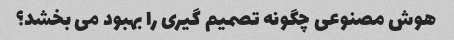
هوش مصنوعی چگونه تصمیم گیری را بهبود می بخشد؟